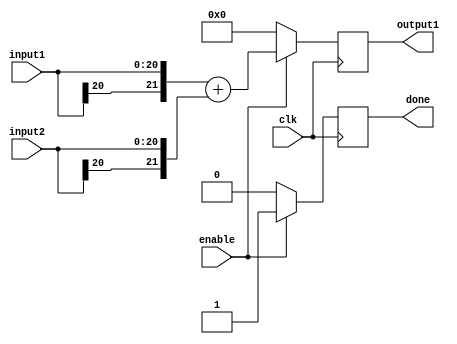
`timescale 1ns / 1ps

module adderStage5_2(
    	input [20:0] input1,
    	input [20:0] input2,
    	output reg [21:0] output1,
	input enable,
    	input clk,
	output reg done
    );
	
	always @ (posedge clk) begin
		if(enable) begin
			output1 <= {input1[20], input1} + {input2[20], input2};
			done <= 1'b1;
		end
		else begin
			output1 <= 0;
			done <= 1'b0;
		end
	end
	
endmodule